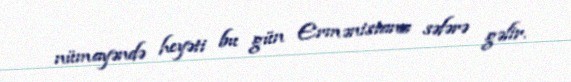
nümayəndə heyəti bu gün Ermənistana səfərə gəlir.